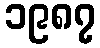
၁၉၈၇